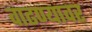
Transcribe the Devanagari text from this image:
वाढण्यावर